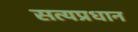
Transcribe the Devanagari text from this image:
सत्यप्रधान